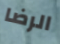
الرضا